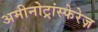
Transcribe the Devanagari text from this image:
अमीनोट्रांस्फेरेज़